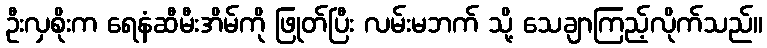
ဦးလှစိုးက ရေနံဆီမီးအိမ်ကို ဖြုတ်ပြီး လမ်းမဘက် သို့ သေချာကြည့်လိုက်သည်။